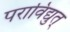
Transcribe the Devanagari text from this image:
पराविद्युत्